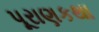
પૂરાણકથા